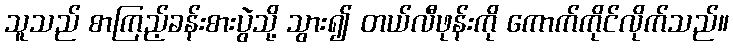
သူသည် စာကြည့်ခန်းစားပွဲသို့ သွား၍ တယ်လီဖုန်းကို ကောက်ကိုင်လိုက်သည်။